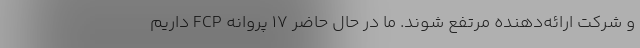
و شرکت ارائه‌دهنده مرتفع شوند. ما در حال حاضر ۱۷ پروانه FCP داریم